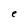
Character: e